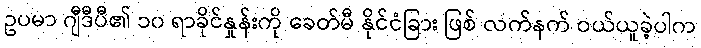
ဥပမာ ဂျီဒီပီ၏ ၁၀ ရာခိုင်နှုန်းကို ခေတ်မီ နိုင်ငံခြား ဖြစ် လက်နက် ဝယ်ယူခဲ့ပါက